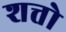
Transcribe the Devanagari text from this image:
शत्तो